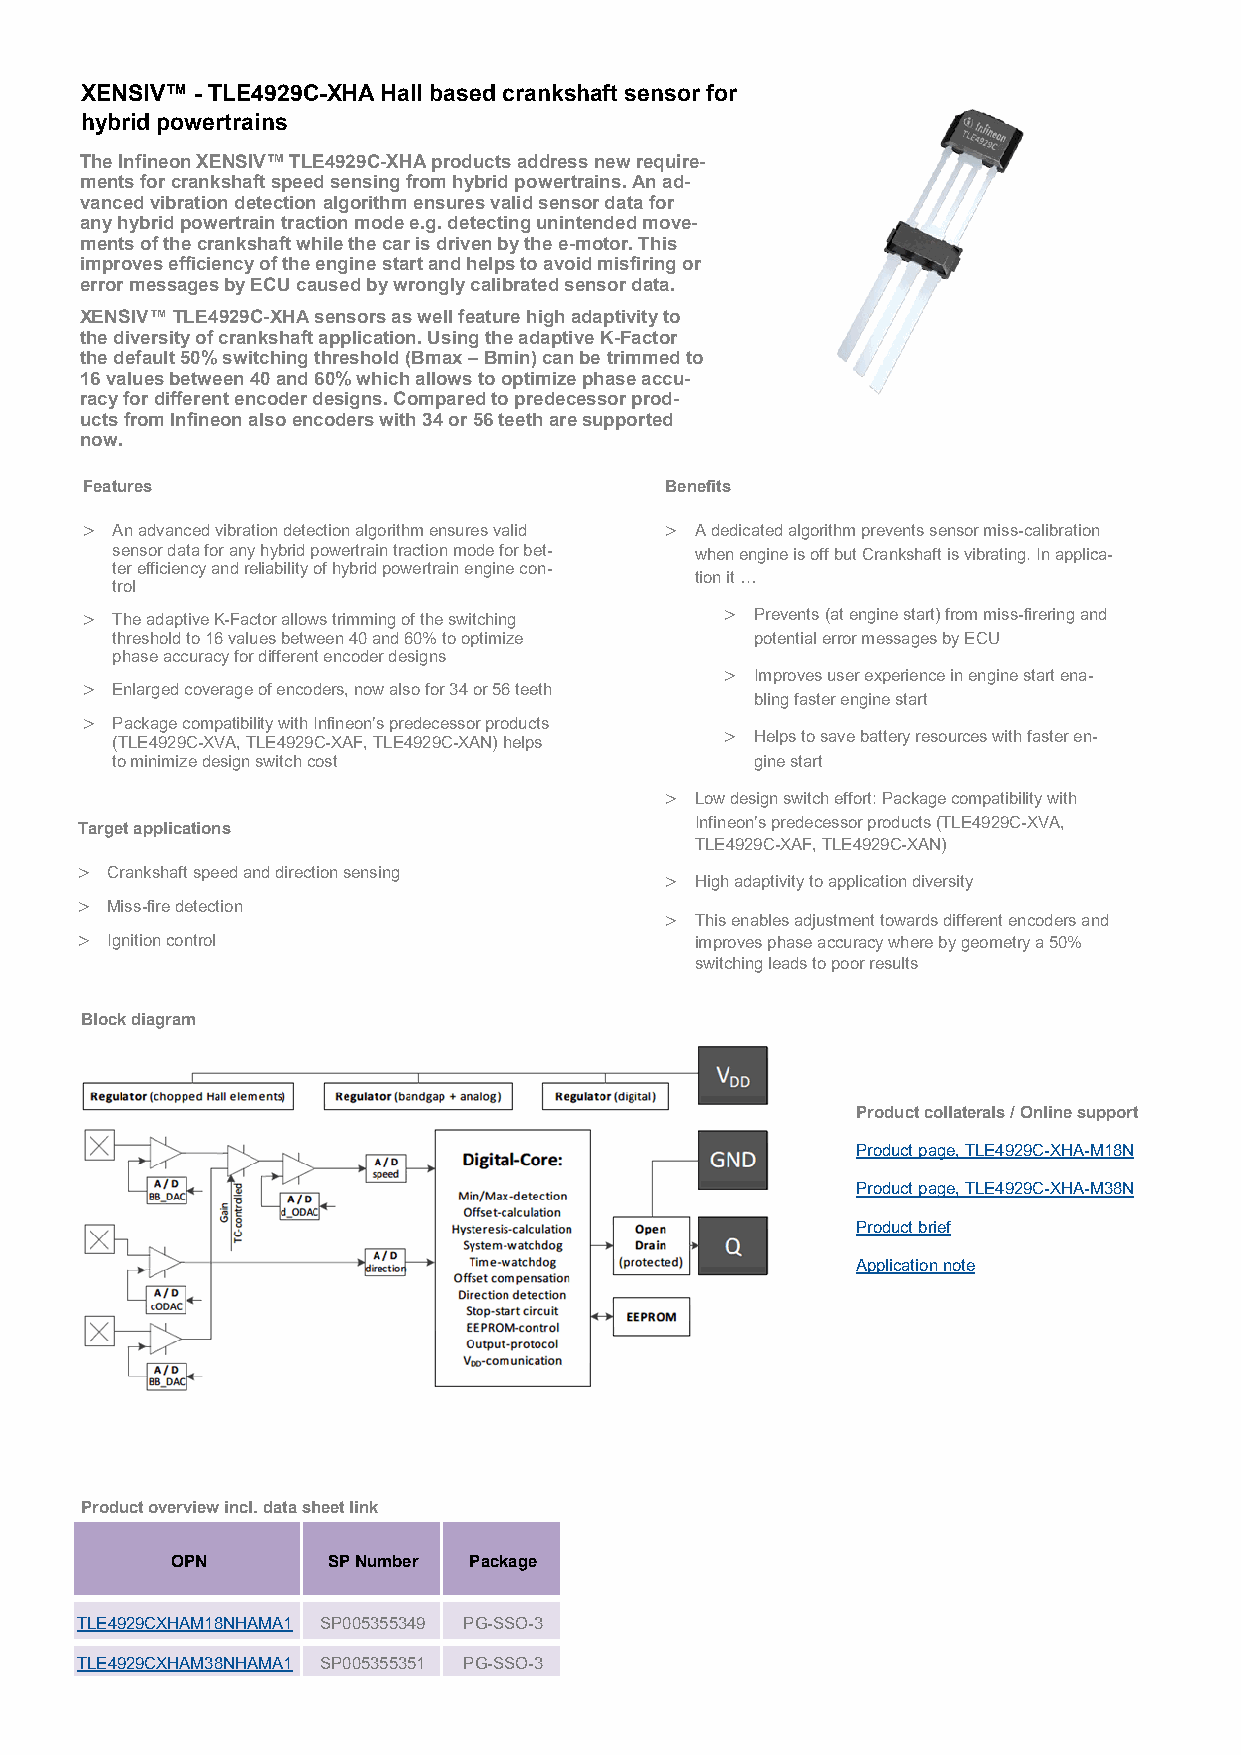
XENSIV™ - TLE4929C-XHA Hall based crankshaft sensor for
 hybrid powertrains
 The Infineon XENSIV™ TLE4929C-XHA products address new require-
 ments for crankshaft speed sensing from hybrid powertrains. An ad-
 vanced vibration detection algorithm ensures valid sensor data for
 any hybrid powertrain traction mode e.g. detecting unintended move-
 ments of the crankshaft while the car is driven by the e-motor. This
 improves efficiency of the engine start and helps to avoid misfiring or
 error messages by ECU caused by wrongly calibrated sensor data.
 XENSIV™ TLE4929C-XHA sensors as well feature high adaptivity to
 the diversity of crankshaft application. Using the adaptive K-Factor
 the default 50% switching threshold (Bmax – Bmin) can be trimmed to
 16 values between 40 and 60% which allows to optimize phase accu-
 racy for different encoder designs. Compared to predecessor prod-
 ucts from Infineon also encoders with 34 or 56 teeth are supported
 now.
 Features                               Benefits
  An advanced vibration detection algorithm ensures valid  A dedicated algorithm prevents sensor miss-calibration
 sensor data for any hybrid powertrain traction mode for bet- when engine is off but Crankshaft is vibrating. In applica-
 ter efficiency and reliability of hybrid powertrain engine con-
 tion it …
 trol
  The adaptive K-Factor allows trimming of the switching  Prevents (at engine start) from miss-firering and
 threshold to 16 values between 40 and 60% to optimize potential error messages by ECU
 phase accuracy for different encoder designs
  Improves user experience in engine start ena-
  Enlarged coverage of encoders, now also for 34 or 56 teeth
 bling faster engine start
  Package compatibility with Infineon’s predecessor products
 (TLE4929C-XVA, TLE4929C-XAF, TLE4929C-XAN) helps  Helps to save battery resources with faster en-
 to minimize design switch cost             gine start
  Low design switch effort: Package compatibility with
 Target applications                      Infineon’s predecessor products (TLE4929C-XVA,
 TLE4929C-XAF, TLE4929C-XAN)
  Crankshaft speed and direction sensing  High adaptivity to application diversity
  Miss-fire detection
  This enables adjustment towards different encoders and
  Ignition control                       improves phase accuracy where by geometry a 50%
 switching leads to poor results
 Block diagram
 Product collaterals / Online support
 Product page, TLE4929C-XHA-M18N
 Product page, TLE4929C-XHA-M38N
 Product brief
 Application note
 Product overview incl. data sheet link
 OPN        SP Number Package
 TLE4929CXHAM18NHAMA1 SP005355349 PG-SSO-3
 TLE4929CXHAM38NHAMA1 SP005355351 PG-SSO-3